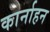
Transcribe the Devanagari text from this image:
कार्नाहन